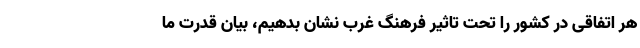
هر اتفاقی در کشور را تحت تاثیر فرهنگ غرب نشان بدهیم، بیان قدرت ما